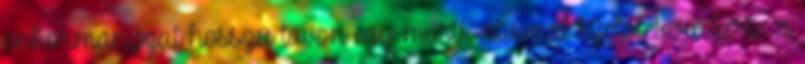
önkormányzat hosszú távon egy másik útvonal kijelölésére kérte a